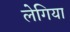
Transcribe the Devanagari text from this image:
लेगिया